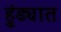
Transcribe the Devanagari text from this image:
हुंड्यात